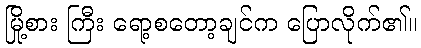
မြို့စား ကြီး ရော့စတော့ချင်က ပြောလိုက်၏။